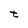
Character: t